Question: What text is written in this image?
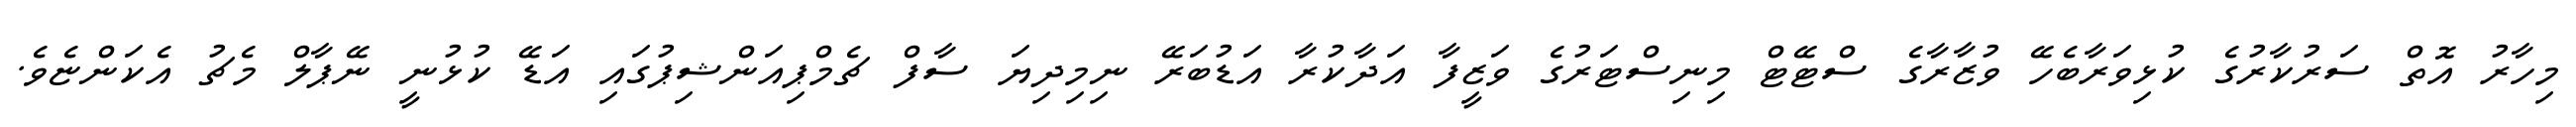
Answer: މިހާރު އޮތް ސަރުކާރުގެ ކުޅިވަރާބެހޭ ވުޒާރާގެ ސްޓޭޓް މިނިސްޓަރުގެ ވަޒީފާ އަދާކުރާ އަޑުބަރޭ ނިމިދިޔަ ސާފް ޗެމްޕިއަންޝިޕުގައި އަޑޭ ކުޅުނީ ނޭޕާލް މެޗު އެކަންޏެވެ.